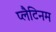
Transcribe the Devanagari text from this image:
प्‍लैटिनम